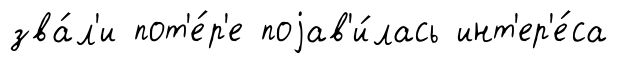
зва́л'и пот'е́р'е поjав'и́лась инт'ер'е́са